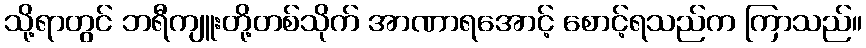
သို့ရာတွင် ဘရီကျူးတို့တစ်သိုက် အာဏာရအောင့် စောင့်ရသည်က ကြာသည်။